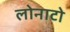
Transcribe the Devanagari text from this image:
लोनाटो